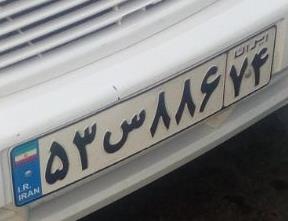
۵۳س۸۸۶۷۴